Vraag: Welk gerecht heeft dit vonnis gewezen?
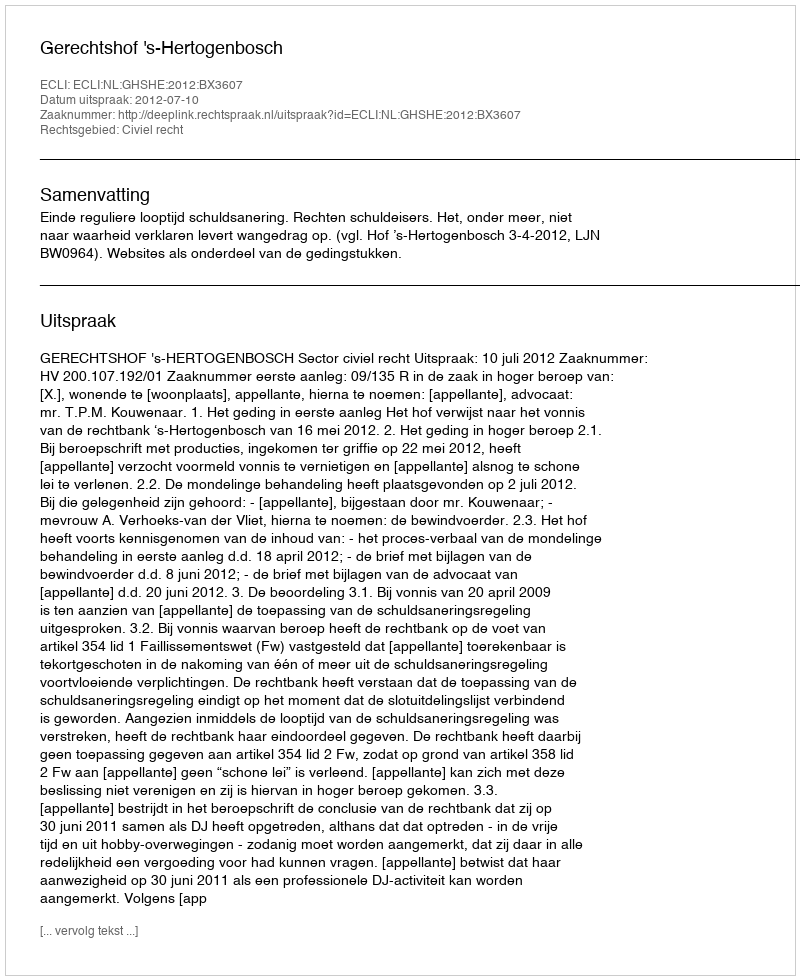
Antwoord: Gerechtshof 's-Hertogenbosch